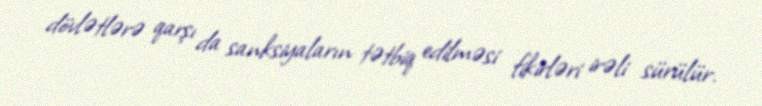
dövlətlərə qarşı da sanksiyaların tətbiq edilməsi fikirləri irəli sürülür.